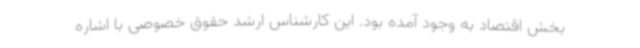
بخش اقتصاد به وجود آمده بود. این کارشناس ارشد حقوق خصوصی با اشاره